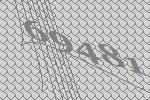
69481